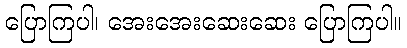
ပြောကြပါ၊ အေးအေးဆေးဆေး ပြောကြပါ။